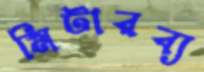
মিটারব্য